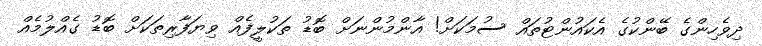
ދިވެހިންގެ ބޭންކުގެ އެކައުންޓުތައް ސުމަކަށް! އާންމުންނަށް ބޮޑު ތަކުލީފެއް ވިޔަފާރިތަކަށް ބޮޑު ގެއްލުމެއް